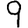
Digit: 9